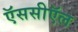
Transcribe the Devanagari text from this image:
ऍससीऍल